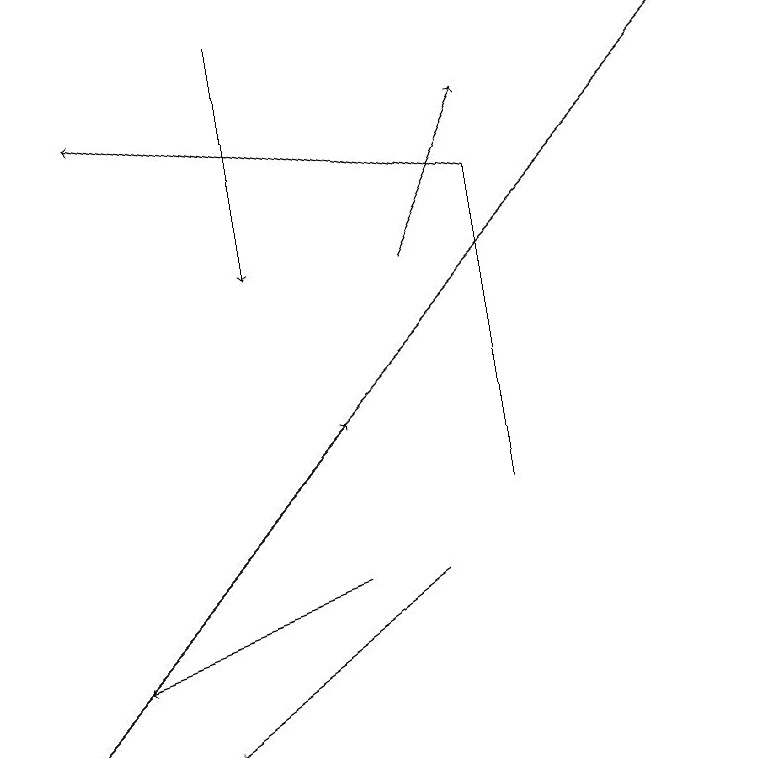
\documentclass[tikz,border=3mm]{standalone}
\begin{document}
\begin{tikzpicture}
\draw (6,17) rectangle (6,13);
\draw[->] (9,19) -- (0,10);
\draw[->] (6,17) -- (1,18);
\draw[->] (4,12) -- (1,11);
\draw[->] (3,19) -- (3,16);
\draw[->] (5,12) -- (2,10);
\draw[->] (0,10) -- (4,14);
\draw[->] (5,16) -- (6,18);
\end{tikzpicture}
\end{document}